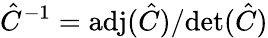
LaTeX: \hat{C}^{-1}=\textrm{adj}(\hat{C})/\textrm{det}(\hat{C})